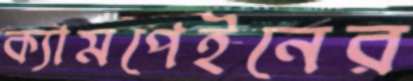
ক্যামপেইনের